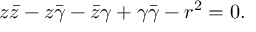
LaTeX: z { \bar { z } } - z { \bar { \gamma } } - { \bar { z } } \gamma + \gamma { \bar { \gamma } } - r ^ { 2 } = 0 .